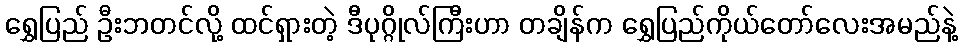
ရွှေပြည် ဦးဘတင်လို့ ထင်ရှားတဲ့ ဒီပုဂ္ဂိုလ်ကြီးဟာ တချိန်က ရွှေပြည်ကိုယ်တော်လေးအမည်နဲ့